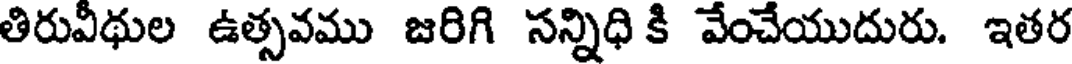
తిరువీథుల ఉత్సవము జరిగి సన్నిధి కి వేంచేయుదురు. ఇతర